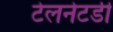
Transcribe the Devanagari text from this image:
टेलनेटडी